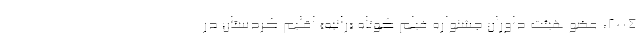
2004، عضو هيئت داوران جشنواره فيلم كوتاه «رانيه» اقلیم کُردستان در